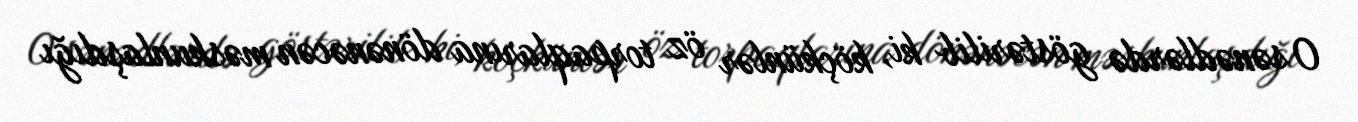
O sənədlərdə göstərilib ki, köçkünlər öz torpaqlarına dönənəcən məskunlaşdığı